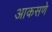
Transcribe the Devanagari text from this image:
आकसणे